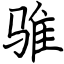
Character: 骓